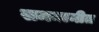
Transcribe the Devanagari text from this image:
सममानीत